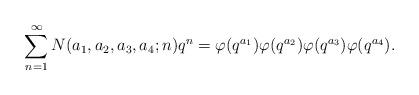
LaTeX: \begin{align*}\sum_{n=1}^{\infty} N(a_1,a_2,a_3,a_4;n) q^n=\varphi(q^{a_1}) \varphi(q^{a_2})\varphi(q^{a_3})\varphi(q^{a_4}). \end{align*}